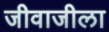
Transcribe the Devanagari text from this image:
जीवाजीला